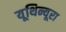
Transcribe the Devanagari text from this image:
यूथिन्यूरा